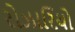
રોઝારિયો